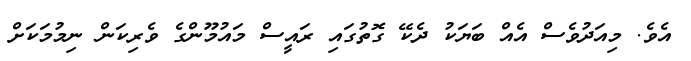
އެވެ. މިއަދުވެސް އެއް ބަޔަކު ދެކޭ ގޮތުގައި ރައީސް މައުމޫންގެ ވެރިކަން ނިމުމަކަށް